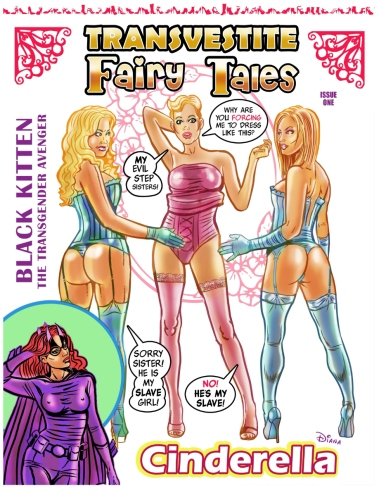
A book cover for Transvestite Fairy Tales.; Diana Wood; Comics & Graphic Novels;